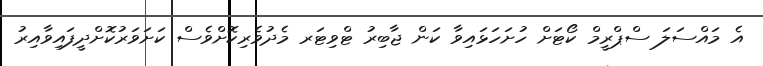
އެ މައްސަލަ ސްޕްރީމް ކޯޓަށް ހުށަހަޅައިވާ ކަން ޖާބިރު ޓްވިޓަރ މެދުވެރިކޮށްވެސް ކަށަވަރުކޮށްދީފައިވާއިރު